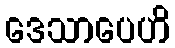
ဒေသာပေဟိ